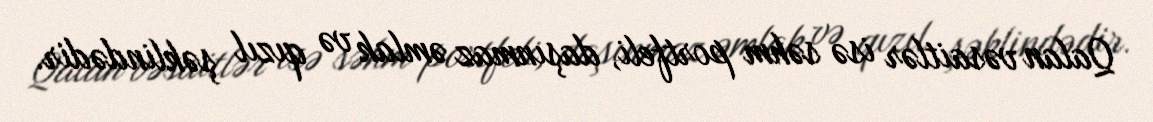
Qalan vəsaitlər isə səhm portfeli, daşınmaz əmlak və qızıl şəklindədir.